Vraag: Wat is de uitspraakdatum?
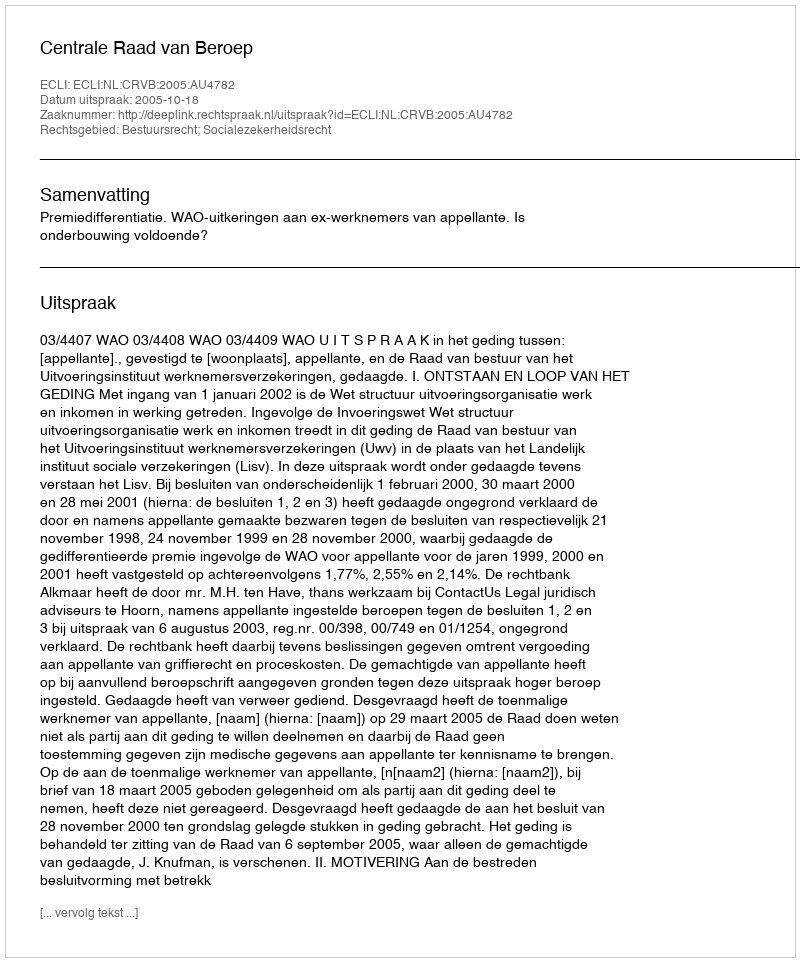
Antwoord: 2005-10-18